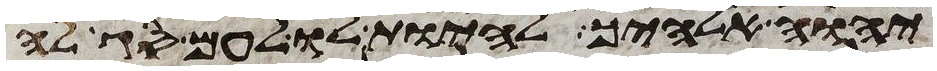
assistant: יהוה אלהיך להיות לו לעם סגלה